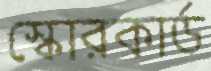
স্কোরকার্ড